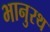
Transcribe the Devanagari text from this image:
भानुरथ